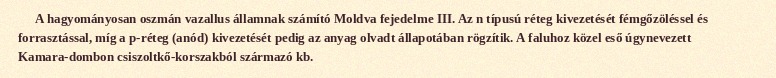
A hagyományosan oszmán vazallus államnak számító Moldva fejedelme III. Az n típusú réteg kivezetését fémgőzöléssel és forrasztással, míg a p-réteg (anód) kivezetését pedig az anyag olvadt állapotában rögzítik. A faluhoz közel eső úgynevezett Kamara-dombon csiszoltkő-korszakból származó kb.